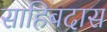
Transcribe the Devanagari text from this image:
साहिबदास